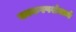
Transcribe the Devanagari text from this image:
काकस्पर्शमध्ये